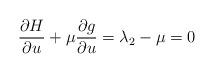
LaTeX: \begin{align*}\frac{\partial H}{\partial u} + \mu\frac{\partial g}{\partial u} = \lambda_2 - \mu = 0\end{align*}